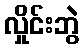
လှိုင်းဘွဲ